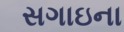
સગાઇના